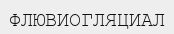
ФЛЮВИОГЛЯЦИАЛ